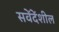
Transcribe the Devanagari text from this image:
सवेंदेंशील